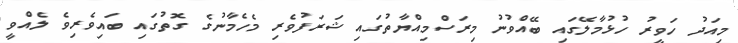
މިއަދު ހަވީރު ހުޅުމާލޭގައި ބޭއްވުނު މިރަސްމިއްޔާތުގައި ޝަރަފުވެރި މެހެމާނުގެ ގޮތުގައި ބައިވެރިވެ ލެއްވީ